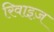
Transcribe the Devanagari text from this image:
रिवाइज़